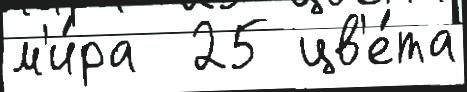
м'и́ра  25 цв'е́та